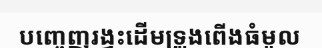
បញ្ចេញរង្វះដើមទ្រូងពើងធំមូល